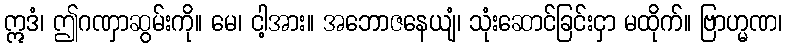
ဣဒံ၊ ဤဂဏှာဆွမ်းကို။ မေ၊ ငါ့အား။ အဘောဇနေယျံ၊ သုံးဆောင်ခြင်းငှာ မထိုက်။ ဗြာဟ္မဏ၊